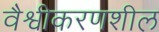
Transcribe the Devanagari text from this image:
वैश्वीकरणशील